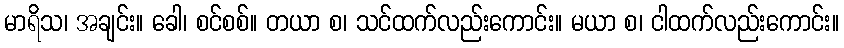
မာရိသ၊ အချင်း။ ခေါ၊ စင်စစ်။ တယာ စ၊ သင်ထက်လည်းကောင်း။ မယာ စ၊ ငါထက်လည်းကောင်း။